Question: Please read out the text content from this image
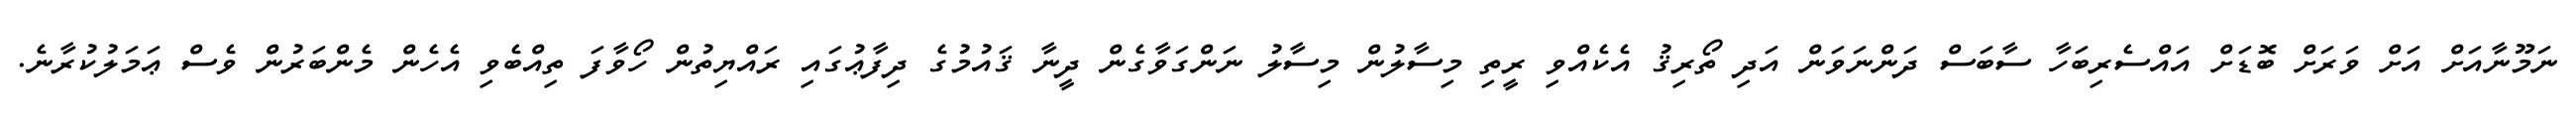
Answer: ނަމޫނާއަށް އަށް ވަރަށް ބޮޑަށް އައްސެރިބަހާ ސާބަސް ދަންނަވަން އަދި ތޯރިޤު އެކެއްވި ރީތި މިސާލުން މިސާލު ނަންގަވާގެން ދީނާ ޤައުމުގެ ދިފާޢުގައި ރައްޔިތުން ހޯވާފަ ތިއްބެވި އެހެން މެންބަރުން ވެސް ޢަމަލުކުރާނެ.